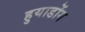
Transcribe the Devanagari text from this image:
हुयाडोंग